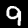
Digit: 9